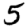
Digit: 5